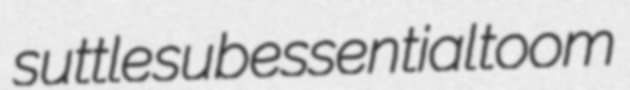
suttle subessential toom